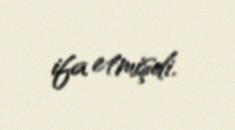
ifa etmişdi.